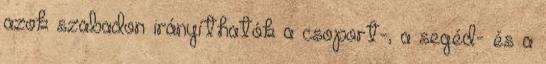
azok szabadon irányíthatók a csoport-, a segéd- és a